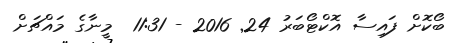
ބޯކޮށް ފައިސާ އޮކްޓޯބަރު 24